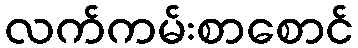
လက်ကမ်းစာစောင်